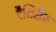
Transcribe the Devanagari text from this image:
टैनिरीफ़